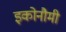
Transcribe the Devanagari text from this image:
इकोनौमी